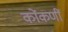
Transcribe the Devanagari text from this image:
कोंकणीं